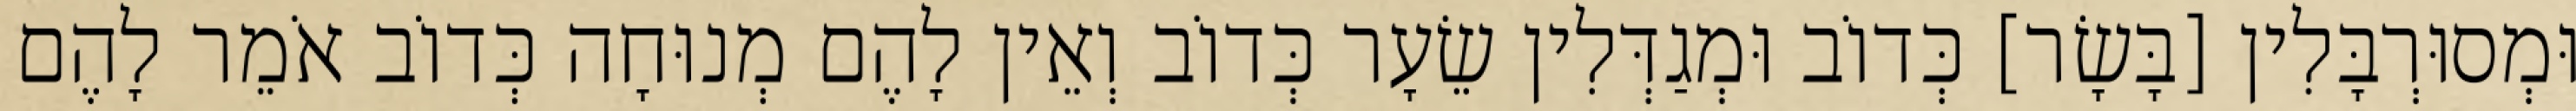
וּמְסוּרְבָּלִין [בָּשָׂר] כְּדוֹב וּמְגַדְּלִין שֵׂעָר כְּדוֹב וְאֵין לָהֶם מְנוּחָה כְּדוֹב אֹמֵר לָהֶם